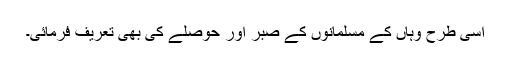
اسی طرح وہاں کے مسلمانوں کے صبر اور حوصلے کی بھی تعریف فرمائی۔